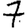
Digit: 7